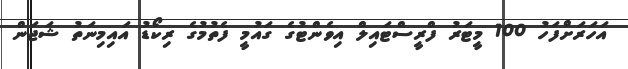
އަހަރަށްފަހު 100 މީޓަރު ފްރީސްޓައިލް އިވެންޓުގެ ގައުމީ ފެތުމުގެ ރިކޯޑު އައިމިނަތު ޝަޖަން